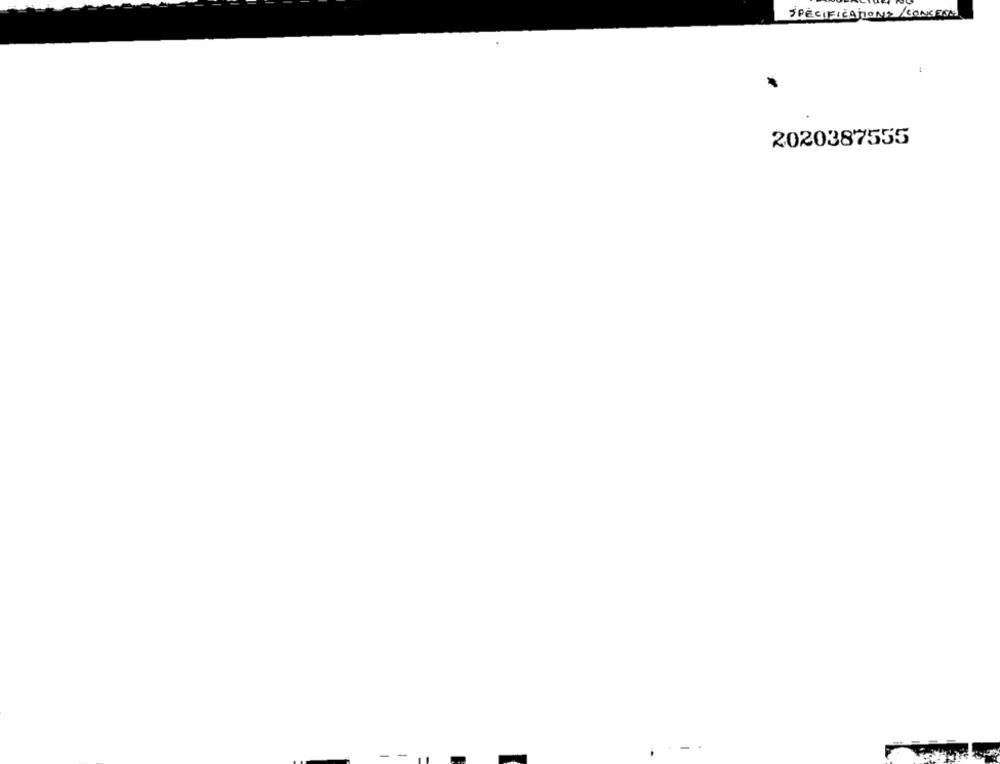
SPECIFICATIONS/CONCERT
2020387555